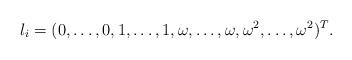
LaTeX: \begin{align*} l_i = (0,\dots,0,1,\dots,1,\omega,\dots,\omega,\omega^2,\dots,\omega^2)^T. \end{align*}